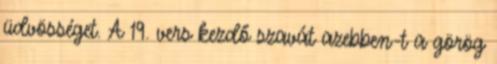
üdvösséget. A 19. vers kezdő szavát azebben-t a görög